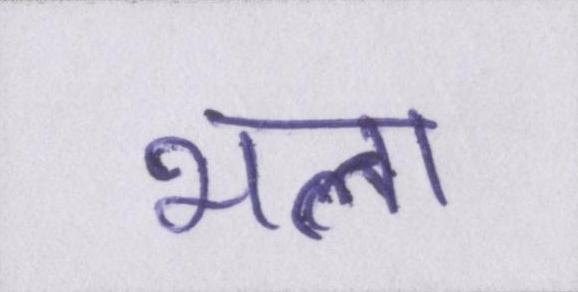
भला